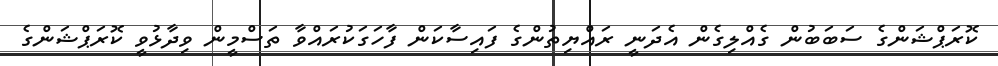
ކޮރަޕްޝަންގެ ސަބަބުން ގެއްލިގެން އެދަނީ ރައްޔިތުންގެ ފައިސާކަން ފާހަގަކުރައްވާ ތަސްމީން ވިދާޅުވީ ކޮރަޕްޝަންގެ